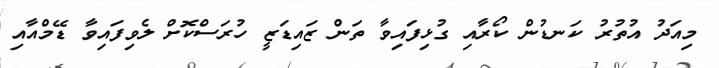
މިއަދު އުތުރު ކަނޑުން ކޯރާއި ގުޅިފައިވާ ތަން ޒައިޑަޒީ ހުރަސްކޮށް ލެވިފައިވާ ޑޭމްއާއި